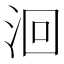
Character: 洄